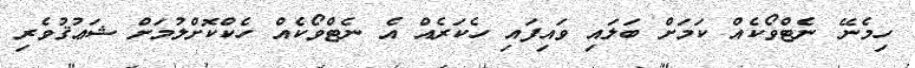
ހިމެނޭ ނެޓްވޯކެއް ކަމަށް ބަލައި ވައިފައި ހެކަރެއް އެ ނެޓްވޯކެއް ހެކްކޮށްލުމަށް ޝަޢުޤުވެރި